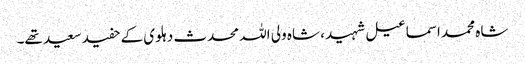
شاہ محمد اسماعیل شہید ، شاہ ولی اللہ محدث دہلوی کے حفید سعید تھے۔